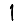
Digit: 1